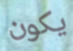
يكون